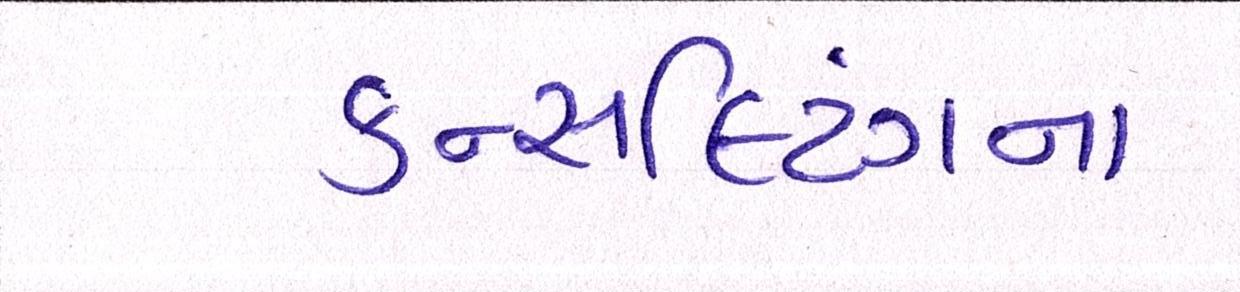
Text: કન્સલ્ટિંગના